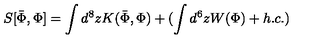
S [ \bar { \Phi } , \Phi ] = \int d ^ { 8 } z K ( \bar { \Phi } , \Phi ) + ( \int d ^ { 6 } z W ( \Phi ) + h . c . )